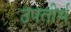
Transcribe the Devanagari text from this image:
उपतीर्थ